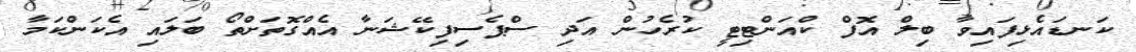
ކަނޑައެޅިފައިވާ ބިލް އޮފް ކްއަންޓިޓީ ކުރެހުން އަދި ސްޕެސިފިކޭޝަނާ އެއްގޮތަށްތޯ ބަލައި އެކަންކަމާ